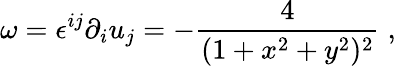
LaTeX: \omega=\epsilon^{ij}\partial_{i}u_{j}=-\frac{4}{(1+x^{2}+y^{2})^{2}}\; ,